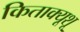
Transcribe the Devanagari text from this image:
किताक्यूशू